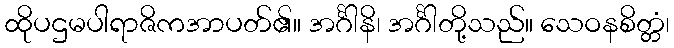
ထိုပဌမပါရာဇိကအာပတ်၏။ အင်္ဂါနိ၊ အင်္ဂါတို့သည်။ သေဝနစိတ္တံ၊